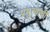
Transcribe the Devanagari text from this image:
प्रभुत्वाची